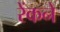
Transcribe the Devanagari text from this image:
रेंकने